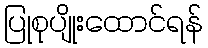
ပြုစုပျိုးထောင်ရန်